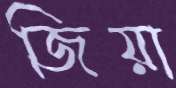
জিয়া